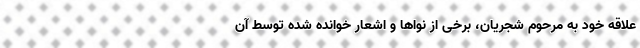
علاقه خود به مرحوم شجریان، برخی از نواها و اشعار خوانده شده توسط آن